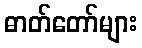
ဓာတ်တော်များ